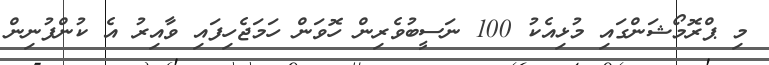
މި ޕްރޮމޯޝަންގައި މުޅިއެކު 100 ނަސީބުވެރިން ހޮވަން ހަމަޖެހިފައި ވާއިރު އެ ކުންފުނިން